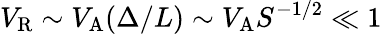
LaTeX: V_{\mathrm{R}}\sim V_{\mathrm{A}}(\Delta/L)\sim V_{\mathrm{A}}S^{-1/2}\ll 1